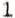
1